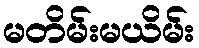
မတိမ်းမယိမ်း